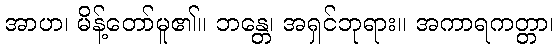
အာဟ၊ မိန့်တော်မူ၏။ ဘန္တေ၊ အရှင်ဘုရား။ အကာရကတ္တာ၊